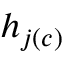
h _ { j ( c ) }